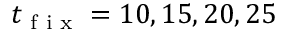
t _ { \tiny { \textrm { f i x } } } = 1 0 , 1 5 , 2 0 , 2 5